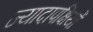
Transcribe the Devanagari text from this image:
ज्यादापक्षियों